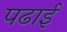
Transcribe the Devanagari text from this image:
पढार्इ